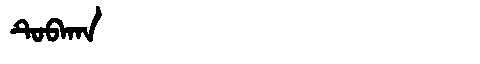
Manchu: ᡨᡠᠪᠠᡴᠠ
Romanization: TUBAKA